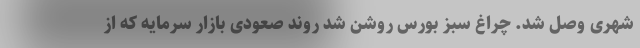
شهری وصل شد. چراغ سبز بورس روشن شد روند صعودی بازار سرمایه که از